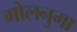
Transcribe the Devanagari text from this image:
गोलनुमा